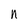
Character: n